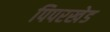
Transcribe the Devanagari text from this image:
पिपरखेड